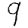
Digit: 9